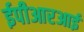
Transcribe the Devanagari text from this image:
ईपीआरआई